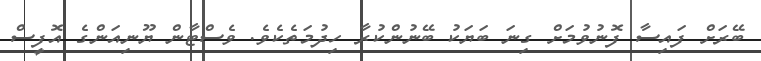
ބޭރަށް ފައިސާ ފޮނުވުމަށް ގިނަ ބަޔަކު ބޭނުންކުރާ ހިދުމަތެކެވެ. ވެސްޓާން ޔޫނިއަންގެ އޮފީސް